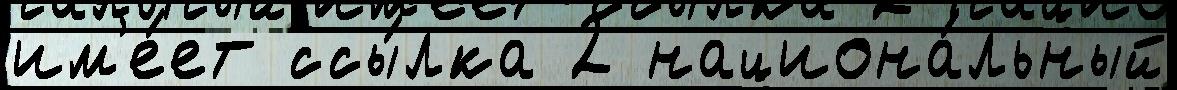
им'е́ет ссы́лка 2 национа́льный